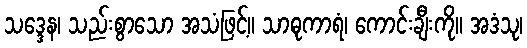
သဒ္ဒေန၊ သည်းစွာသော အသံဖြင့်။ သာဓုကာရံ၊ ကောင်းချီးကို။ အဒံသု၊